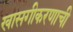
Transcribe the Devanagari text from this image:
खासगीकरणाची